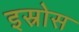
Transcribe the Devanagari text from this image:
इस्रोस